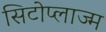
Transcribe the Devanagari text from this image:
सिटोप्लाज्म